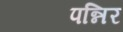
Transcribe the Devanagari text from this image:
पन्निर